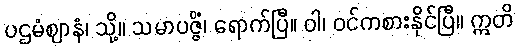
ပဌမံဈာနံ၊ သို့။ သမာပဇ္ဇိံ၊ ရောက်ပြီ။ ဝါ၊ ဝင်ကစားနိုင်ပြီ။ ဣတိ